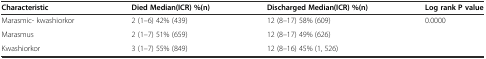
<table><thead><tr><td><b>Characteristic</b></td><td><b>Died Median(ICR) %(n)</b></td><td><b>Discharged Median(ICR) %(n)</b></td><td><b>Log rank P value</b></td></tr></thead><tbody><tr><td>Marasmic- kwashiorkor</td><td>2 (1–6) 42% (439)</td><td>12 (8–17) 58% (609)</td><td>0.0000</td></tr><tr><td>Marasmus</td><td>2 (1–7) 51% (659)</td><td>12 (8–17) 49% (626)</td><td></td></tr><tr><td>Kwashiorkor</td><td>3 (1–7) 55% (849)</td><td>12 (8–16) 45% (1, 526)</td><td></td></tr></tbody></table>